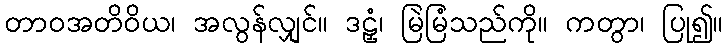
တာဝအတိဝိယ၊ အလွန်လျှင်။ ဒဠှံ၊ မြဲမြံသည်ကို။ ကတွာ၊ ပြု၍။